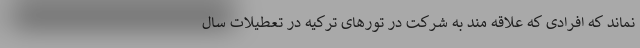
نماند که افرادی که علاقه مند به شرکت در تورهای ترکیه در تعطیلات سال